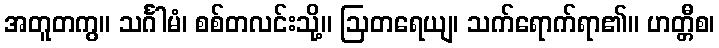
အတူတကွ။ သင်္ဂါမံ၊ စစ်တလင်းသို့။ ဩတရေယျ၊ သက်ရောက်ရာ၏။ ဟတ္တီစ၊